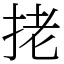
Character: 㧯